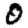
Digit: 0